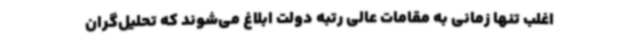
اغلب تنها زمانی به مقامات عالی رتبه دولت ابلاغ می‌شوند که تحلیل‌گران